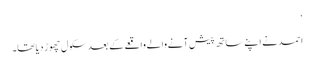
‘
احمد نے اپنے ساتھ پیش آنے والے واقعے کے بعد سکول چھوڑ دیا تھا۔